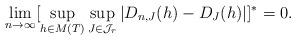
LaTeX: \begin{align*}\lim_{n \rightarrow \infty} [\sup_{h \in M(T)}\sup_{J \in \mathcal{J}_r} |D_{n,J}(h)-D_J(h)|]^{*}=0.\end{align*}